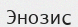
Энозис